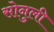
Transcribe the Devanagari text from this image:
सोनुली